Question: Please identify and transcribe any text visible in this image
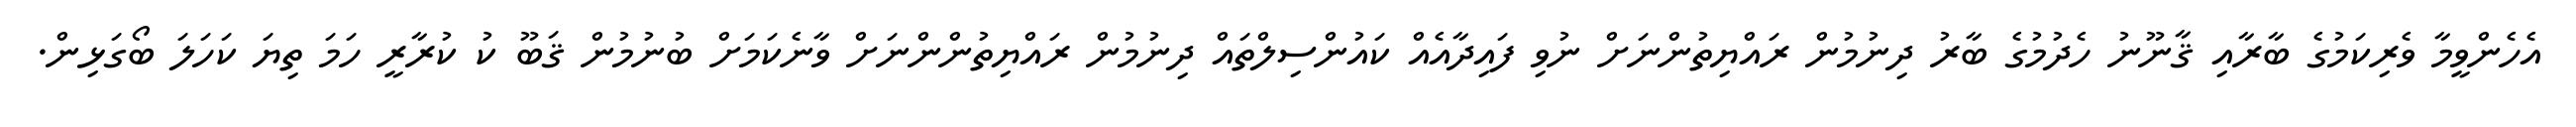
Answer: އެހެންވީމާ ވެރިކަމުގެ ބާރާއި ޤާނޫނު ހެދުމުގެ ބާރު ދިނުމުން ރައްޔިތުންނަށް ނުވި ފައިދާއެއް ކައުންސިލްތައް ދިނުމުން ރައްޔިތުންންނަށް ވާނެކަމަށް ބުނުމުން ޤަބޫ ކު ކުރާރީ ހަމަ ތިޔަ ކަހަލަ ބޯގަޅިން.